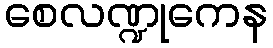
စေလဏ္ဍုကေန